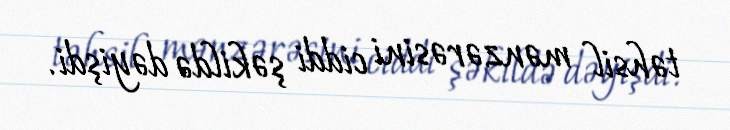
təhsil mənzərəsini ciddi şəkildə dəyişdi.